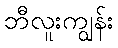
ဘီလူးကျွန်း